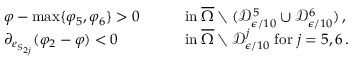
\begin{array} { r l r l } & { \varphi - \operatorname* { m a x } \{ \varphi _ { 5 } , \varphi _ { 6 } \} > 0 \quad } & & { \mathrm { i n } \; \overline { { \Omega } } \setminus ( \mathcal { D } _ { \epsilon / 1 0 } ^ { 5 } \cup \mathcal { D } _ { \epsilon / 1 0 } ^ { 6 } ) \, , } \\ & { \partial _ { e _ { S _ { 2 j } } } ( \varphi _ { 2 } - \varphi ) < 0 \quad } & & { \mathrm { i n } \; \overline { { \Omega } } \setminus \mathcal { D } _ { \epsilon / 1 0 } ^ { j } \; \mathrm { f o r } \; j = 5 , 6 \, . } \end{array}